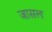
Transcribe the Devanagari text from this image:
जासल